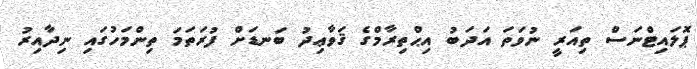
ޕޮލައިޓްނަސް ތިއަރީ ނުވަތަ އަދަބު އިޙްތިރާމްގެ ޤަވާޢިދު ބަނޑަށް ފުރަތަމަ ތިންމަހުގައި ނިދާއިރު